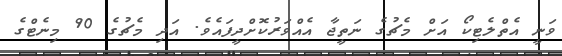
ވަނީ އެތްލެޓިކޯ އަށް މެޗުގެ ނަތީޖާ އެއްވަރުކޮށްދީފައެވެ. އަދި މެޗުގެ 90 މިނެޓްގެ